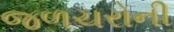
જળચરોની